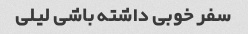
سفر خوبی داشته باشی لیلی